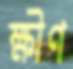
ক্ষীণ